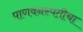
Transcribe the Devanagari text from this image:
पाणवनस्पतीचा